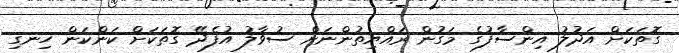
ގޮތަކަށް އަދުލު އިންސާފުގެ މަގުން ރައްޔިތުންނަށް ސުވާލު އުފެދޭ ގޮތަކަށް ކަންކަން ހިނގި